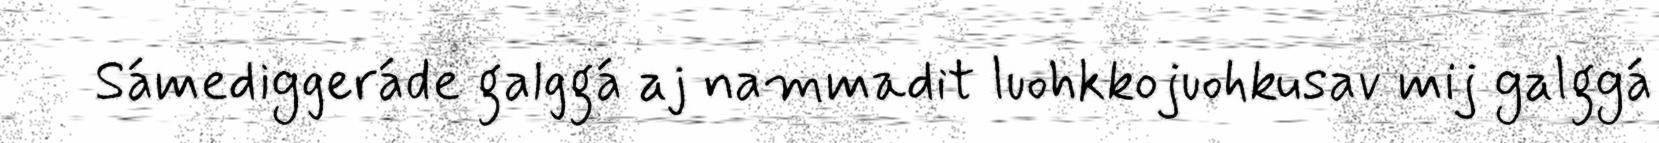
Sámediggeráde galggá aj nammadit luohkkojuohkusav mij galggá